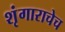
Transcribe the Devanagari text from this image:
शृंगाराचेच